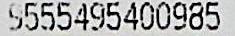
9555495400985